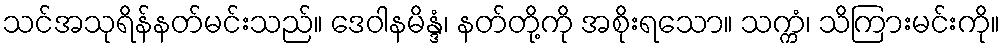
သင်အသုရိန်နတ်မင်းသည်။ ဒေဝါနမိန္ဒံ၊ နတ်တို့ကို အစိုးရသော။ သက္ကံ၊ သိကြားမင်းကို။